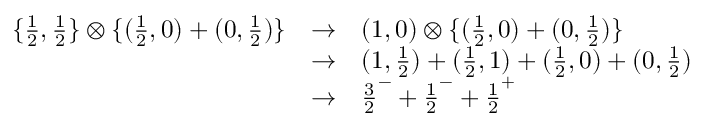
\begin{array} { l l l } { { \{ { \frac { 1 } { 2 } } , { \frac { 1 } { 2 } } \} \otimes \{ ( { \frac { 1 } { 2 } } , 0 ) + ( 0 , { \frac { 1 } { 2 } } ) \} } } & { { \rightarrow } } & { { ( 1 , 0 ) \otimes \{ ( { \frac { 1 } { 2 } } , 0 ) + ( 0 , { \frac { 1 } { 2 } } ) \} } } \\ { { } } & { { \rightarrow } } & { { ( 1 , { \frac { 1 } { 2 } } ) + ( { \frac { 1 } { 2 } } , 1 ) + ( { \frac { 1 } { 2 } } , 0 ) + ( 0 , { \frac { 1 } { 2 } } ) } } \\ { { } } & { { \rightarrow } } & { { { \frac { 3 } { 2 } } ^ { - } + { \frac { 1 } { 2 } } ^ { - } + { \frac { 1 } { 2 } } ^ { + } } } \end{array}